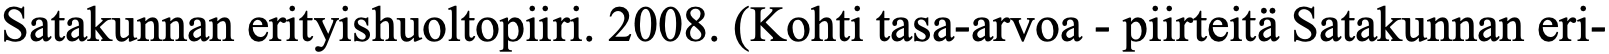
Satakunnan erityishuoltopiiri. 2008. (Kohti tasa-arvoa - piirteitä Satakunnan eri-